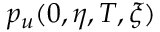
p _ { u } ( 0 , \eta , T , \xi )